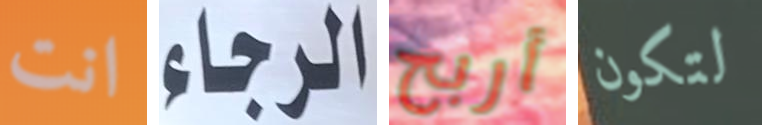
انت الرجاء أربح لتكون